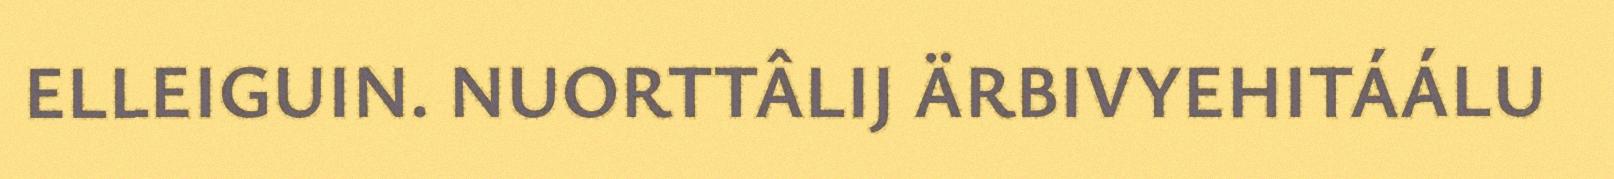
ELLEIGUIN. NUORTTÂLIJ ÄRBIVYEHITÁÁLU